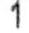
1